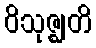
ဝိသုဇ္ဈတိ